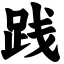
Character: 践